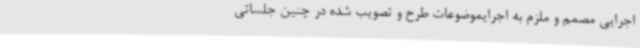
اجرایی مصمم و ملزم به اجرایموضوعات طرح و تصویب شده در چنین جلساتی